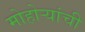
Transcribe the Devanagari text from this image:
मोहोऱ्यांची